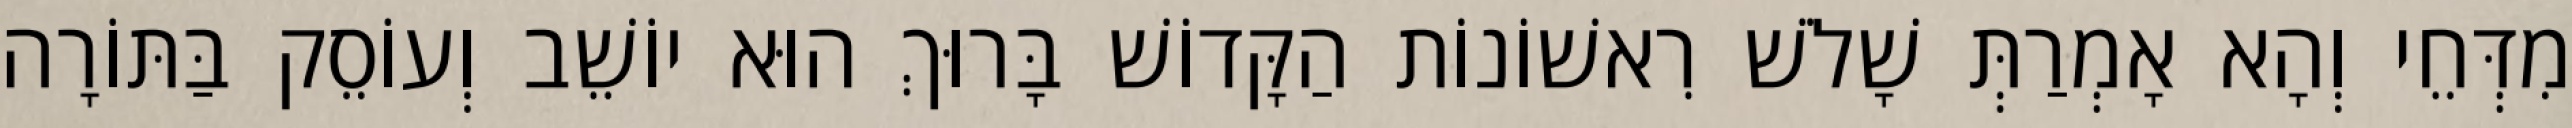
מִדְּחֵי וְהָא אָמְרַתְּ שָׁלֹשׁ רִאשׁוֹנוֹת הַקָּדוֹשׁ בָּרוּךְ הוּא יוֹשֵׁב וְעוֹסֵק בַּתּוֹרָה